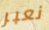
نعبر